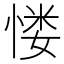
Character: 㥪